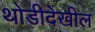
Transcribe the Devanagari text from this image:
थोडीदेखील